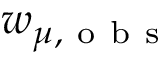
w _ { \boldsymbol { \mu } , \mathrm { ~ o ~ b ~ s ~ } }